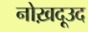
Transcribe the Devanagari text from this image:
नोख़दूउद